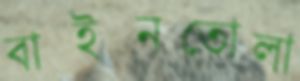
বাইনতোলা